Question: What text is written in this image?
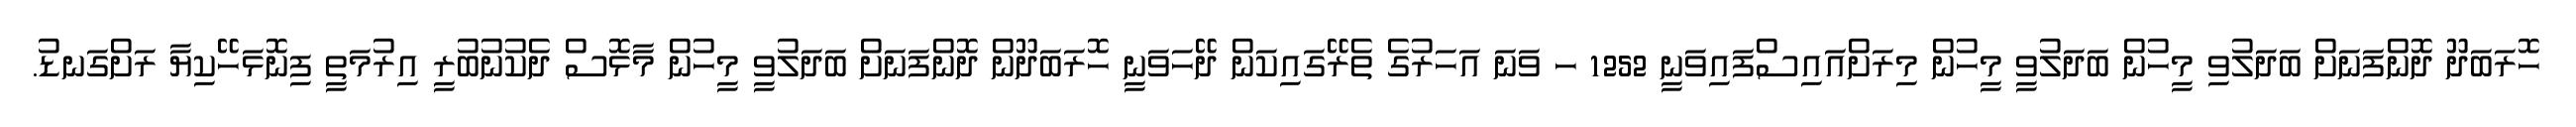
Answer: ހޮރަބަދޫ ދޮންފަނަށް ބަދަލުވި މީހުން ބަދަލުވީ މީހުން މިރަށްއައިސްފައިވަނީ 1252 ހ ވަނަ އަހަރުގެ ތެރޭގައިކަން ދޭހަވަނީ ހޮރަބަދޫން ދޮންފަނަށް ބަދަލުވީ މީހުން މާޅޮސް ދެކުނުބުރީ އިރުމަތީ ފިނޮޅަހޭކިޔާ ރަށްގަނޑު.